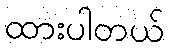
ထားပါတယ်